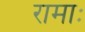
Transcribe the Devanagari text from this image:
रामाः